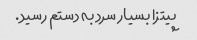
پیتزا بسیار سرد به دستم رسید.